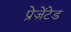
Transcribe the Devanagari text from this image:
प्रेज़ेंटेड